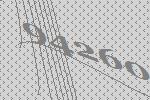
94260